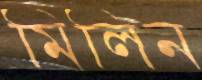
মিলিন